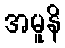
အမူနိ